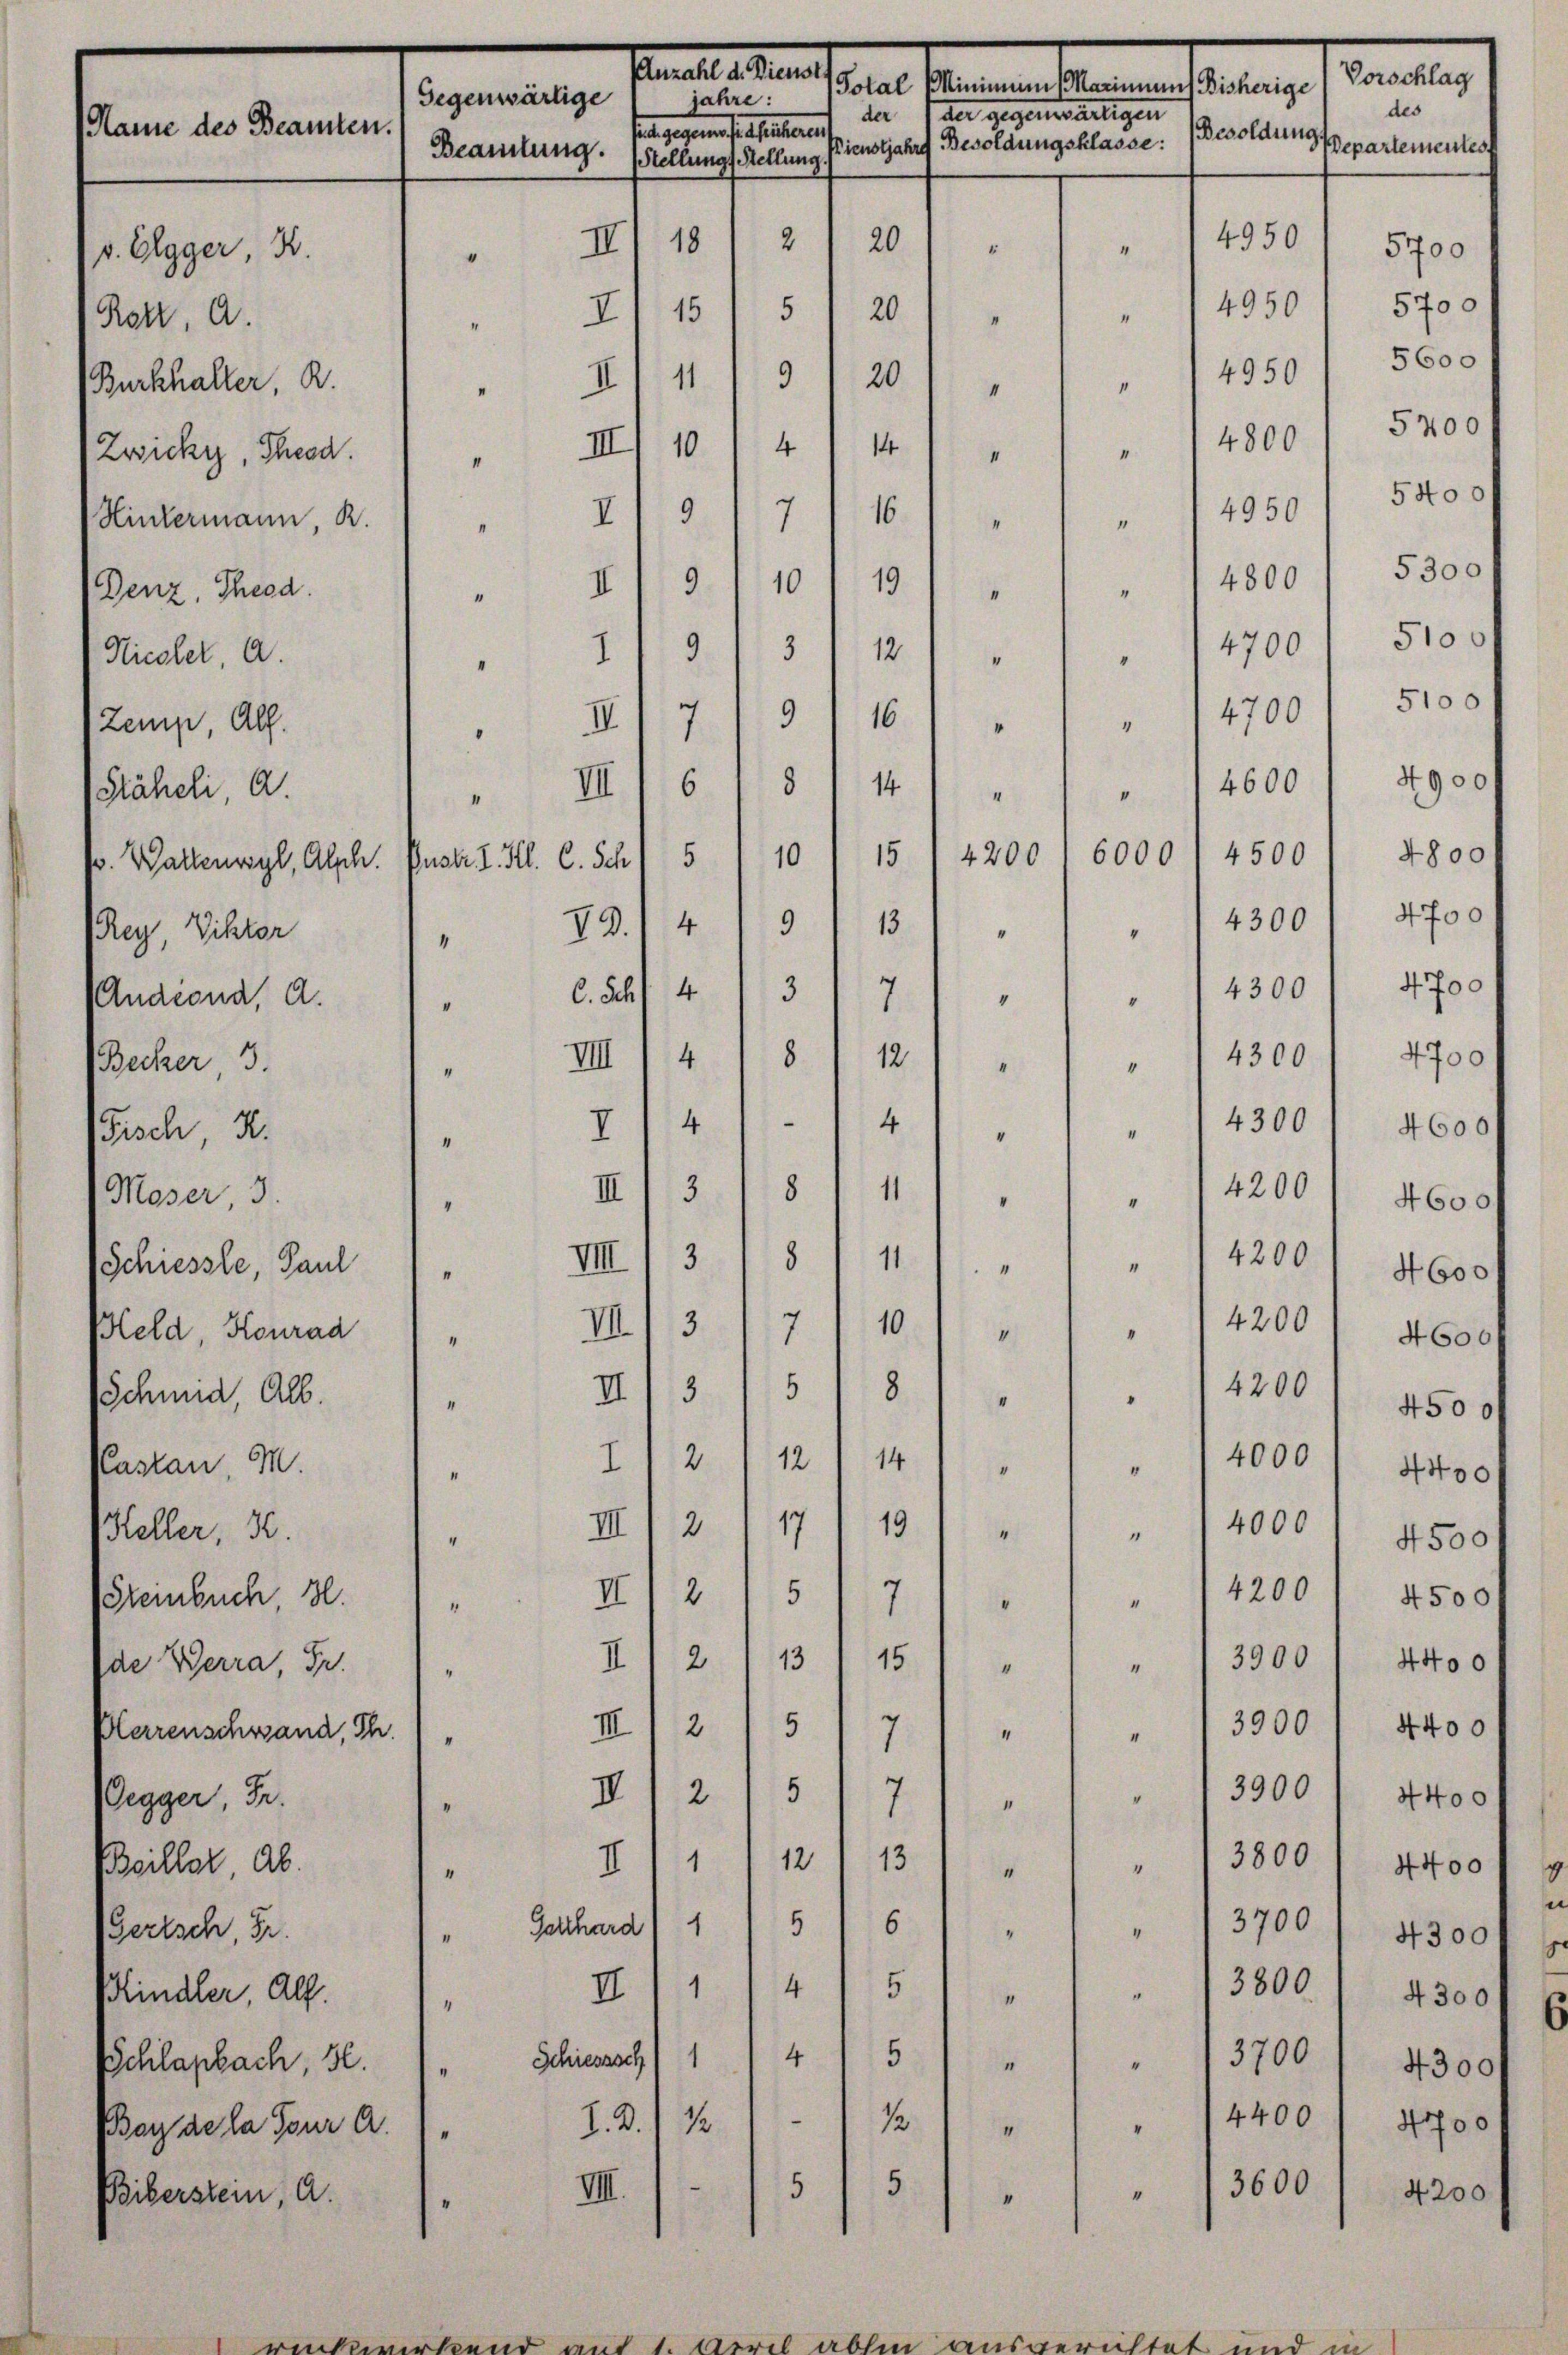
Anzahl d. Dienst
Vorsch
Total Minimum 1 Marinnent Bisherige
Gegenwärtige
jahre:
d
st gegensesseiteren der der gegenwärtigen
Name des Beamten.
Besoldunge
Pienstjahre Besoldungsklasse:
lementes
Beamtung. (Stellungs Stellung.

Ratz, A.
Denz, Theod.
Nicoler, a.
Zemp, Al.

Audeona, A.
Fisch, u.
Moser, 3.
Schiesste, Paul
Held, Konrad
Schmid, Alb.
Kastan, M.
Heller, 30.
Steinbuch 3.
Dde Werra Fr.
Wlarrenschwand, Th.
Gegger, Fr.
Beiller, ab.
Bertsch Fr.
Blindler All

ger, K.
Burkhalter, R.
Zwicki, Theod.
Hintermann, R.

Päheli a
v. Waltenwyl, Absch.
Rey, Viktor

Becker 3.

Schlapkach, 30.
Bays de la Tour a.

Beiberstein, a.

4950
2
18
20
II
1
"
14950
 2) 151 5 / 20
“
9
20
4950
 II) 11
4
1
4
" " 14800
" III 10
" 1495
 I 97 16
I
19
10
4800
" III 9
“
s
4700
1/9/ 31 12
4
"
"
9
4700
16
.
I
"
s
VIII 6 § I 41 " " " 14600
4
5
4500
6000
4200
1015
Justr. I. Kl. C. Sch
4300
13
79. 419
"
“
4300
3
C. Schl 4
"
7
"
“
8
4300
12
VIII 4
“
4
4
4
4
14300
II
"
“
4200
8
3
III
1
“
“
VIII 3 1 § I 111 " " " 14200
"
10
VIII 3
4200
7
I
“
4200
II) 3/5 8
.
“
“
14
12
" " 14000
2
17
4000
19
" III 2
“
“
4200
5
III 2

7
4
15
13
3900
II) 2
4
“
“
3900
5
III 1 2
"  "
7
“
III12/5/7) " " " 13900
“
380
13
II 111 12
1
"
“
6
5
3700
1
Gasthard
“
3800
5
4
III 1
e
“
5
4
3700
Schiesssch) 1
“
I
4400
12
I. 2.
1
I
5
5
3
IIII.
“

“